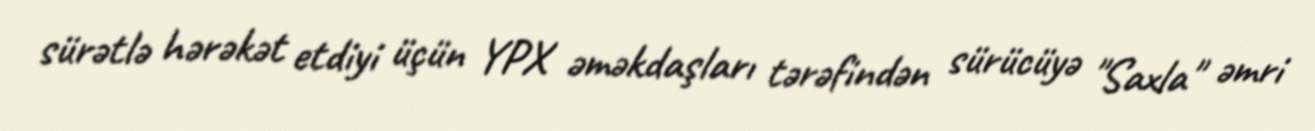
sürətlə hərəkət etdiyi üçün YPX əməkdaşları tərəfindən sürücüyə "Saxla" əmri